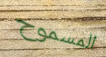
المسموح